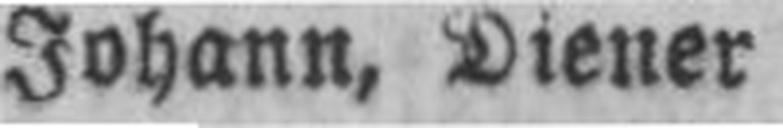
Johann, Diener